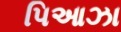
પિઆઝા